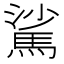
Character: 𩣟